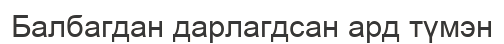
Балбагдан дарлагдсан ард түмэн